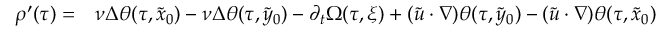
\begin{array} { r l } { \rho ^ { \prime } ( \tau ) = } & { { } \nu \Delta \theta ( \tau , \tilde { x } _ { 0 } ) - \nu \Delta \theta ( \tau , \tilde { y } _ { 0 } ) - \partial _ { t } \Omega ( \tau , \xi ) + ( \widetilde u \cdot \nabla ) \theta ( \tau , \tilde { y } _ { 0 } ) - ( \widetilde u \cdot \nabla ) \theta ( \tau , \tilde { x } _ { 0 } ) } \end{array}